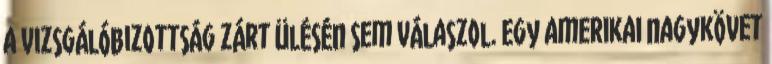
a vizsgálóbizottság zárt ülésén sem válaszol. Egy amerikai nagykövet